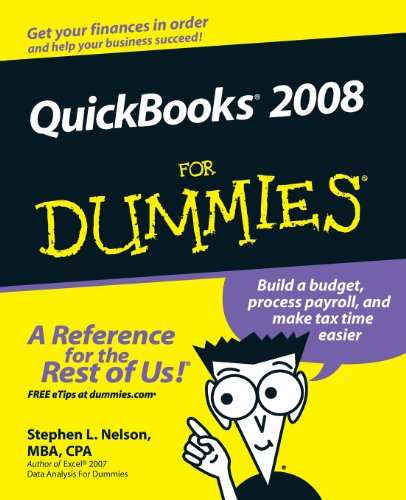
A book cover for QuickBooks 2008 For Dummies; Stephen L. Nelson; Computers & Technology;